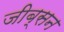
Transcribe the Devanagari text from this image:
जीब्सन